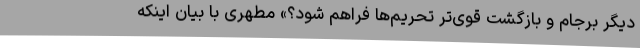
دیگر برجام و بازگشت قوی‌تر تحریم‌ها فراهم شود؟» مطهری با بیان اینکه